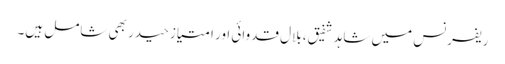
ریفرنس میں شاہد شفیق، بلال قدوائی اور امتیاز حیدر بھی شامل ہیں۔